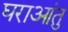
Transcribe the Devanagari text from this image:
घराआंतु